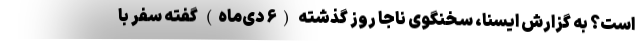
است؟ به گزارش ایسنا، سخنگوی ناجا روز گذشته (۶ دی‌ماه) گفته سفر با